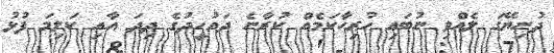
ދުނިޔޭގަ ލެއްވި ނުބައި ހުރިހާކަމެއް ކުރާނެ ދައުހީދުގެ ދިދަ އާއި ކަލިމަ ފުޅު